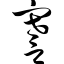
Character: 謇